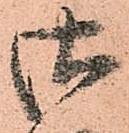
御